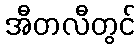
အီတလီတွင်